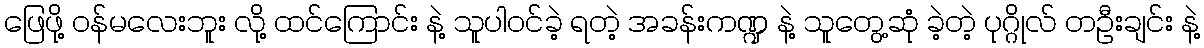
ဖြေဖို့ ဝန်မလေးဘူး လို့ ထင်ကြောင်း နဲ့ သူပါဝင်ခဲ့ ရတဲ့ အခန်းကဏ္ဍ နဲ့ သူတွေ့ဆုံ ခဲ့တဲ့ ပုဂ္ဂိုလ် တဦးချင်း နဲ့